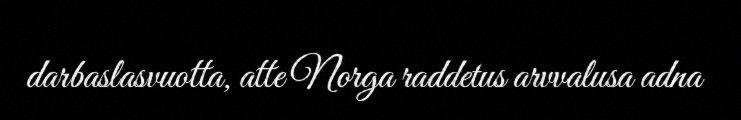
darbaslasvuotta, atte Norga raddetus arvvalusa adna